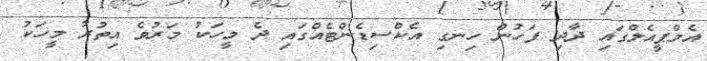
އެމްޕީއެލްގައި ދާދި ފަހުން ހިނގި އެކްސިޑެންޓެއްގައި ދެ މީހަކު މަރުވެ އިތުރު މީހަކު